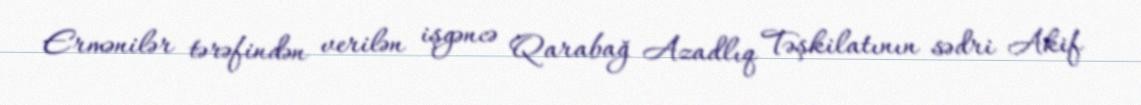
Ermənilər tərəfindən verilən işgəncə Qarabağ Azadlıq Təşkilatının sədri Akif